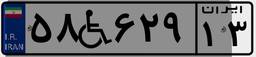
۵۸W۶۲۹۱۳